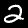
Label: 2